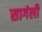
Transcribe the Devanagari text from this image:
सागंली